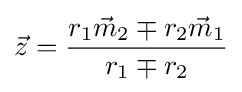
{\vec {z}}={\frac {r_{1}{\vec {m}}_{2}\mp r_{2}{\vec {m}}_{1}}{r_{1}\mp r_{2}}}